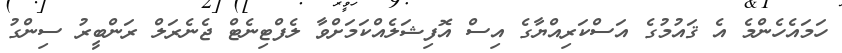
ހަމައެހެންމެ އެ ޤައުމުގެ އަސްކަރިއްޔާގެ އިސް އޮފިޝަލެއްކަމަށްވާ ލެފްޓިނެޓް ޖެނެރަލް ރަންބީރު ސިންގު